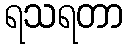
ရသရတာ